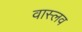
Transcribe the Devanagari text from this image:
वास्लव